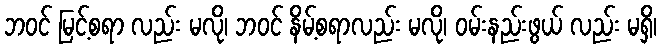
ဘဝင် မြင့်စရာ လည်း မလို၊ ဘဝင် နိမ့်စရာလည်း မလို၊ ဝမ်းနည်းဖွယ် လည်း မရှိ၊